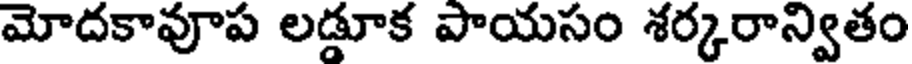
మోదకావూప లడ్డూక పాయసం శర్కరాన్వితం